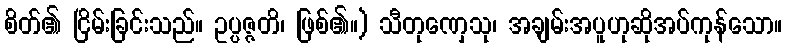
စိတ်၏ ငြိမ်းခြင်းသည်။ ဥပ္ပဇ္ဇတိ၊ ဖြစ်၏။) သီတုဏှေသု၊ အချမ်းအပူဟုဆိုအပ်ကုန်သော။